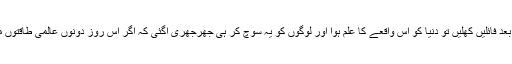
تاہم 1991 میں سوویت یونین ٹوٹنے کے بعد فائلیں کھلیں تو دنیا کو اس واقعے کا علم ہوا اور لوگوں کو یہ سوچ کر ہی جھرجھری آگئی کہ اگر اس روز دونوں عالمی طاقتوں میں ایٹمی جنگ چھڑ جاتی تو کیا حال ہوتا۔